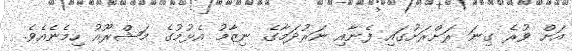
އަށް ވުރެ ގިނަ ރަށްރަށުގައި ފެނާއި ނަރުދަމާގެ ނިޒާމު އެޅުމުގެ މަޝްރޫއު ހިމެނެއެވެ.